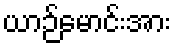
ယာဉ်မောင်းအား